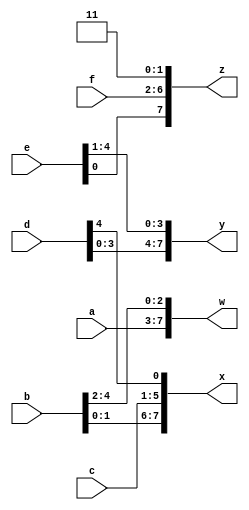
`default_nettype none

module top_module (
    input [4:0] a, b, c, d, e, f,
    output [7:0] w, x, y, z 
);

    wire [31:0] g;

    assign g = {a, b, c, d, e, f, 2'b11};
    assign {w, x, y, z} = g;

endmodule